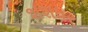
શશધર